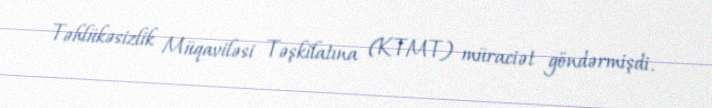
Təhlükəsizlik Müqaviləsi Təşkilatına (KTMT) müraciət göndərmişdi.